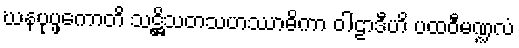
ဃနပုပ္ဖကောတိ သဋ္ဌိသတသဟဿာဓိကာ ဝါဠာဒီဟိ ပထဝီမဏ္ဍလံ